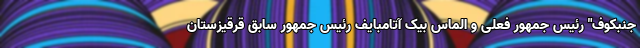
جنبکوف" رئیس جمهور فعلی و الماس بیک آتامبایف رئیس جمهور سابق قرقیزستان